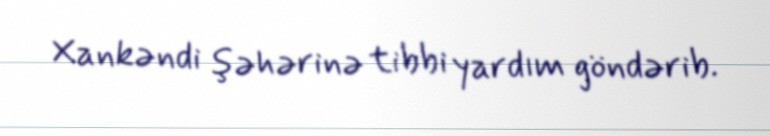
Xankəndi şəhərinə tibbi yardım göndərib.